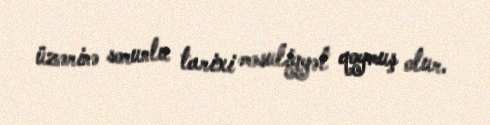
üzərinə sorunlu tarixi məsuliyyət qoymuş olur.